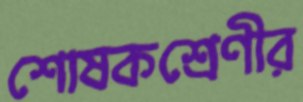
শোষকশ্রেণীর